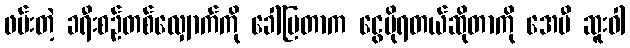
ဖမ်းတဲ့ ခရီးစဉ်တစ်လျှောက်ကို ခေါ်ပြတာက ငွေပိုရတယ်ဆိုတာကို အေမီ ဆူးဝါ